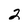
Character: 2